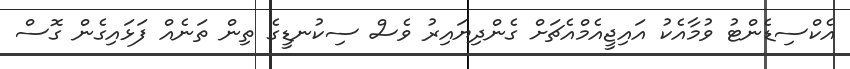
އެކްސިޑެންޓު ވުމާއެކު އައިޖީއެމްއެޗަށް ގެންދިޔައިރު ވެސް ސިކުނޑީގެ ތިން ތަނެއް ފަޅައިގެން ގޮސް